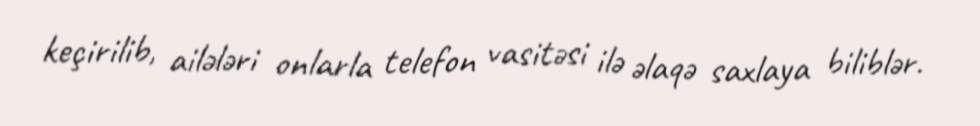
keçirilib, ailələri onlarla telefon vasitəsi ilə əlaqə saxlaya biliblər.